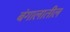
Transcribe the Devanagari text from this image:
बंगालातील